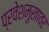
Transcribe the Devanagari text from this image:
प्रवेशमुखावर